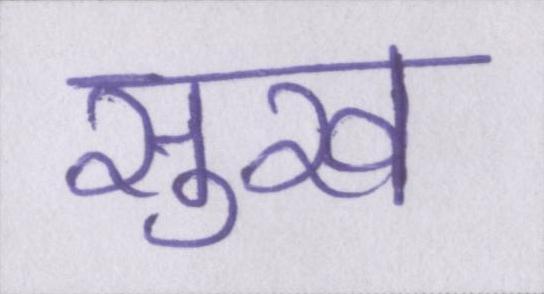
सुख